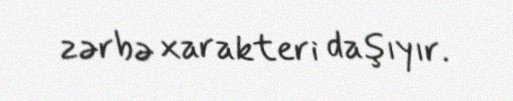
zərbə xarakteri daşıyır.